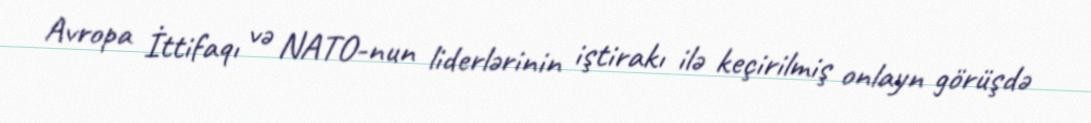
Avropa İttifaqı və NATO-nun liderlərinin iştirakı ilə keçirilmiş onlayn görüşdə